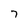
Character: 7